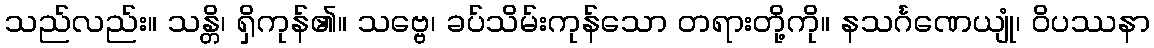
သည်လည်း။ သန္တိ၊ ရှိကုန်၏။ သဗ္ဗေ၊ ခပ်သိမ်းကုန်သော တရားတို့ကို။ နသင်္ဂဏေယျုံ၊ ဝိပဿနာ